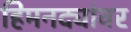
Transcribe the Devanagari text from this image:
हिमनद्यांवर